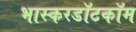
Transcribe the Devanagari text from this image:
भास्करडॉटकॉम